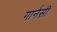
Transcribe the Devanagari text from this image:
गार्नसी